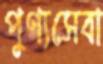
পুণ্যসেবা